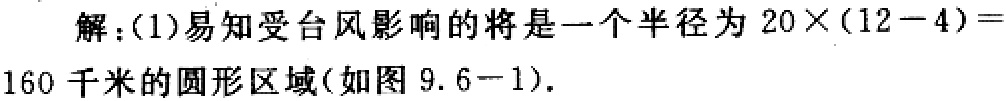
解：(1)易知受台风影响的将是一个半径为\(20\times(12 - 4)=160\)千米的圆形区域(如图 9.6-1).